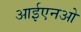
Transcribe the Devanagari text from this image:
आईएनओ